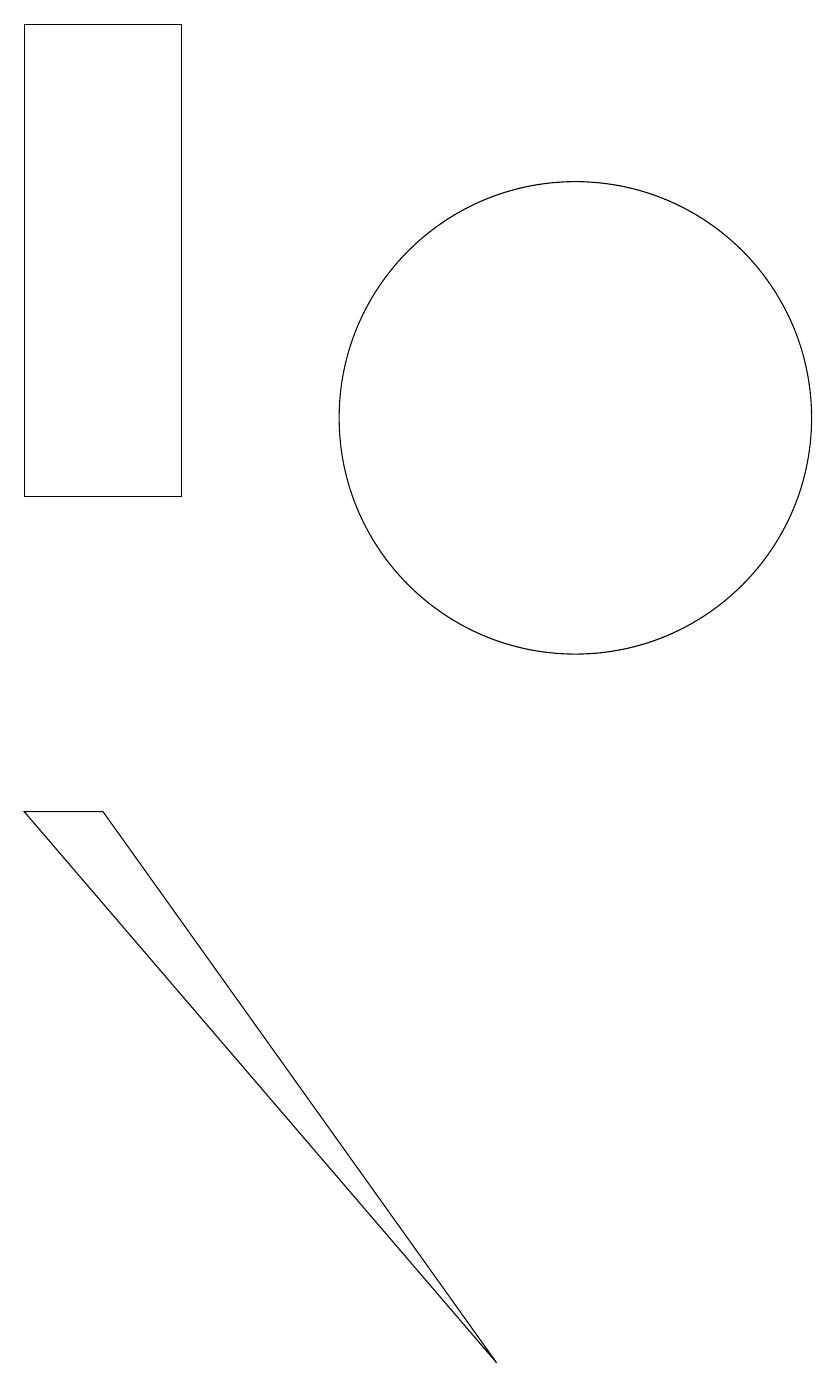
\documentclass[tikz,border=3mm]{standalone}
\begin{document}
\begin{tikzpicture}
\draw (5,17) rectangle (3,11);
\draw (4,7) -- (9,0) -- (3,7) -- cycle;
\draw (10,12) circle (3);
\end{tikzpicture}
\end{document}